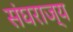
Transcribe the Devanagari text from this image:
संघराज्‍य